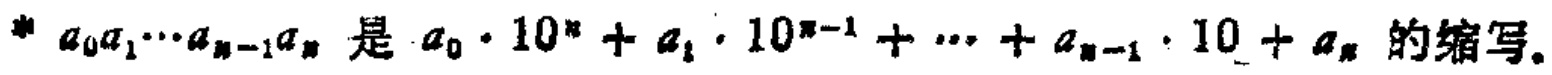
$a_0a_1\cdots a_{n - 1}a_n\text{ 是 }a_0\cdot 10^n + a_1\cdot 10^{n - 1}+\cdots + a_{n - 1}\cdot 10 + a_n\text{ 的缩写。}$